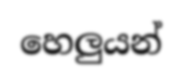
හෙලුයන්